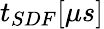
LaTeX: t_{SDF}[\mu s]